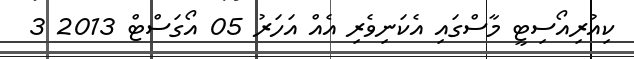
ކިއުރިއޯސިޓީ މާސްގައި އެކަނިވެރި އެއް އަހަރު 05 އޯގަސްޓް 2013 3